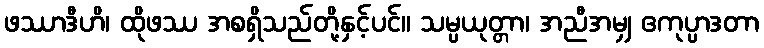
ဖဿာဒီဟိ၊ ထိုဖဿ အစရှိသည်တို့နှင့်ပင်။ သမ္ပယုတ္တာ၊ အညီအမျှ ဧကုပ္ပာဒတာ